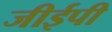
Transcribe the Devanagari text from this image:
जीईपी